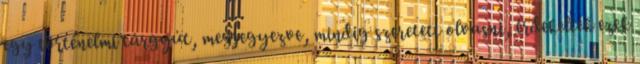
egy történelmi tárgyút, megjegyezve, mindig szeretett olvasni, érdekelték ezek